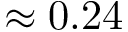
\approx 0 . 2 4